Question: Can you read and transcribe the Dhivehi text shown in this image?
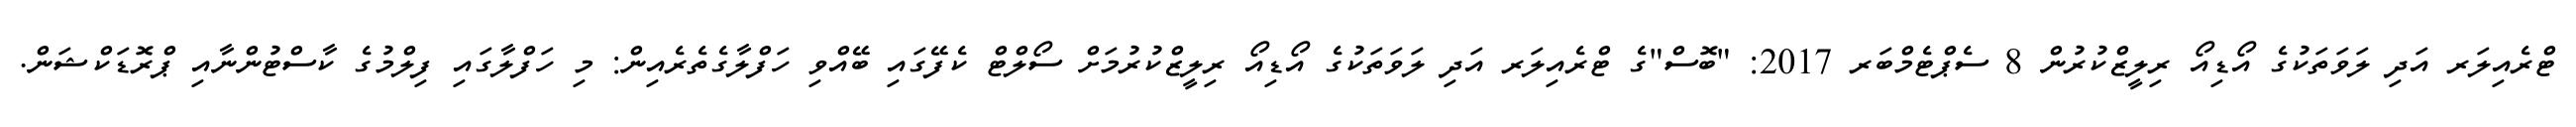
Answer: ޓްރެއިލަރ އަދި ލަވަތަކުގެ އޯޑިއޯ ރިލީޒްކުރުން 8 ސެޕްޓެމްބަރ 2017: "ބޮސް"ގެ ޓްރެއިލަރ އަދި ލަވަތަކުގެ އޯޑިއޯ ރިލީޒްކުރުމަށް ސޯލްޓް ކެފޭގައި ބޭއްވި ހަފްލާގެތެރެއިން: މި ހަފްލާގައި ފިލްމުގެ ކާސްޓުންނާއި ޕްރޮޑަކްޝަން.